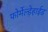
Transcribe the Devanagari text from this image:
फोर्मेल्ड़ेहाईड